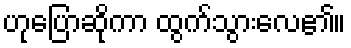
ဟုပြောဆိုကာ ထွက်သွားလေ၏။